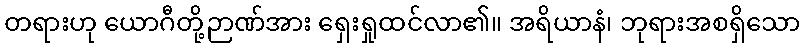
တရားဟု ယောဂီတို့ဉာဏ်အား ရှေးရှုထင်လာ၏။ အရိယာနံ၊ ဘုရားအစရှိသော